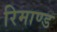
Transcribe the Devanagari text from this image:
रिमाण्ड